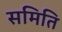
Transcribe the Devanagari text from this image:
समिति